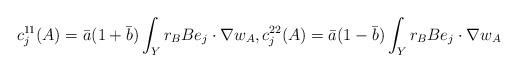
LaTeX: \begin{align*}c_j^{11}(A) = \bar{a}(1+\bar{b}) \int_Y r_B Be_j\cdot \nabla w_A,c_j^{22}(A) =\bar{a}(1-\bar{b}) \int_Y r_B Be_j\cdot \nabla w_A\end{align*}